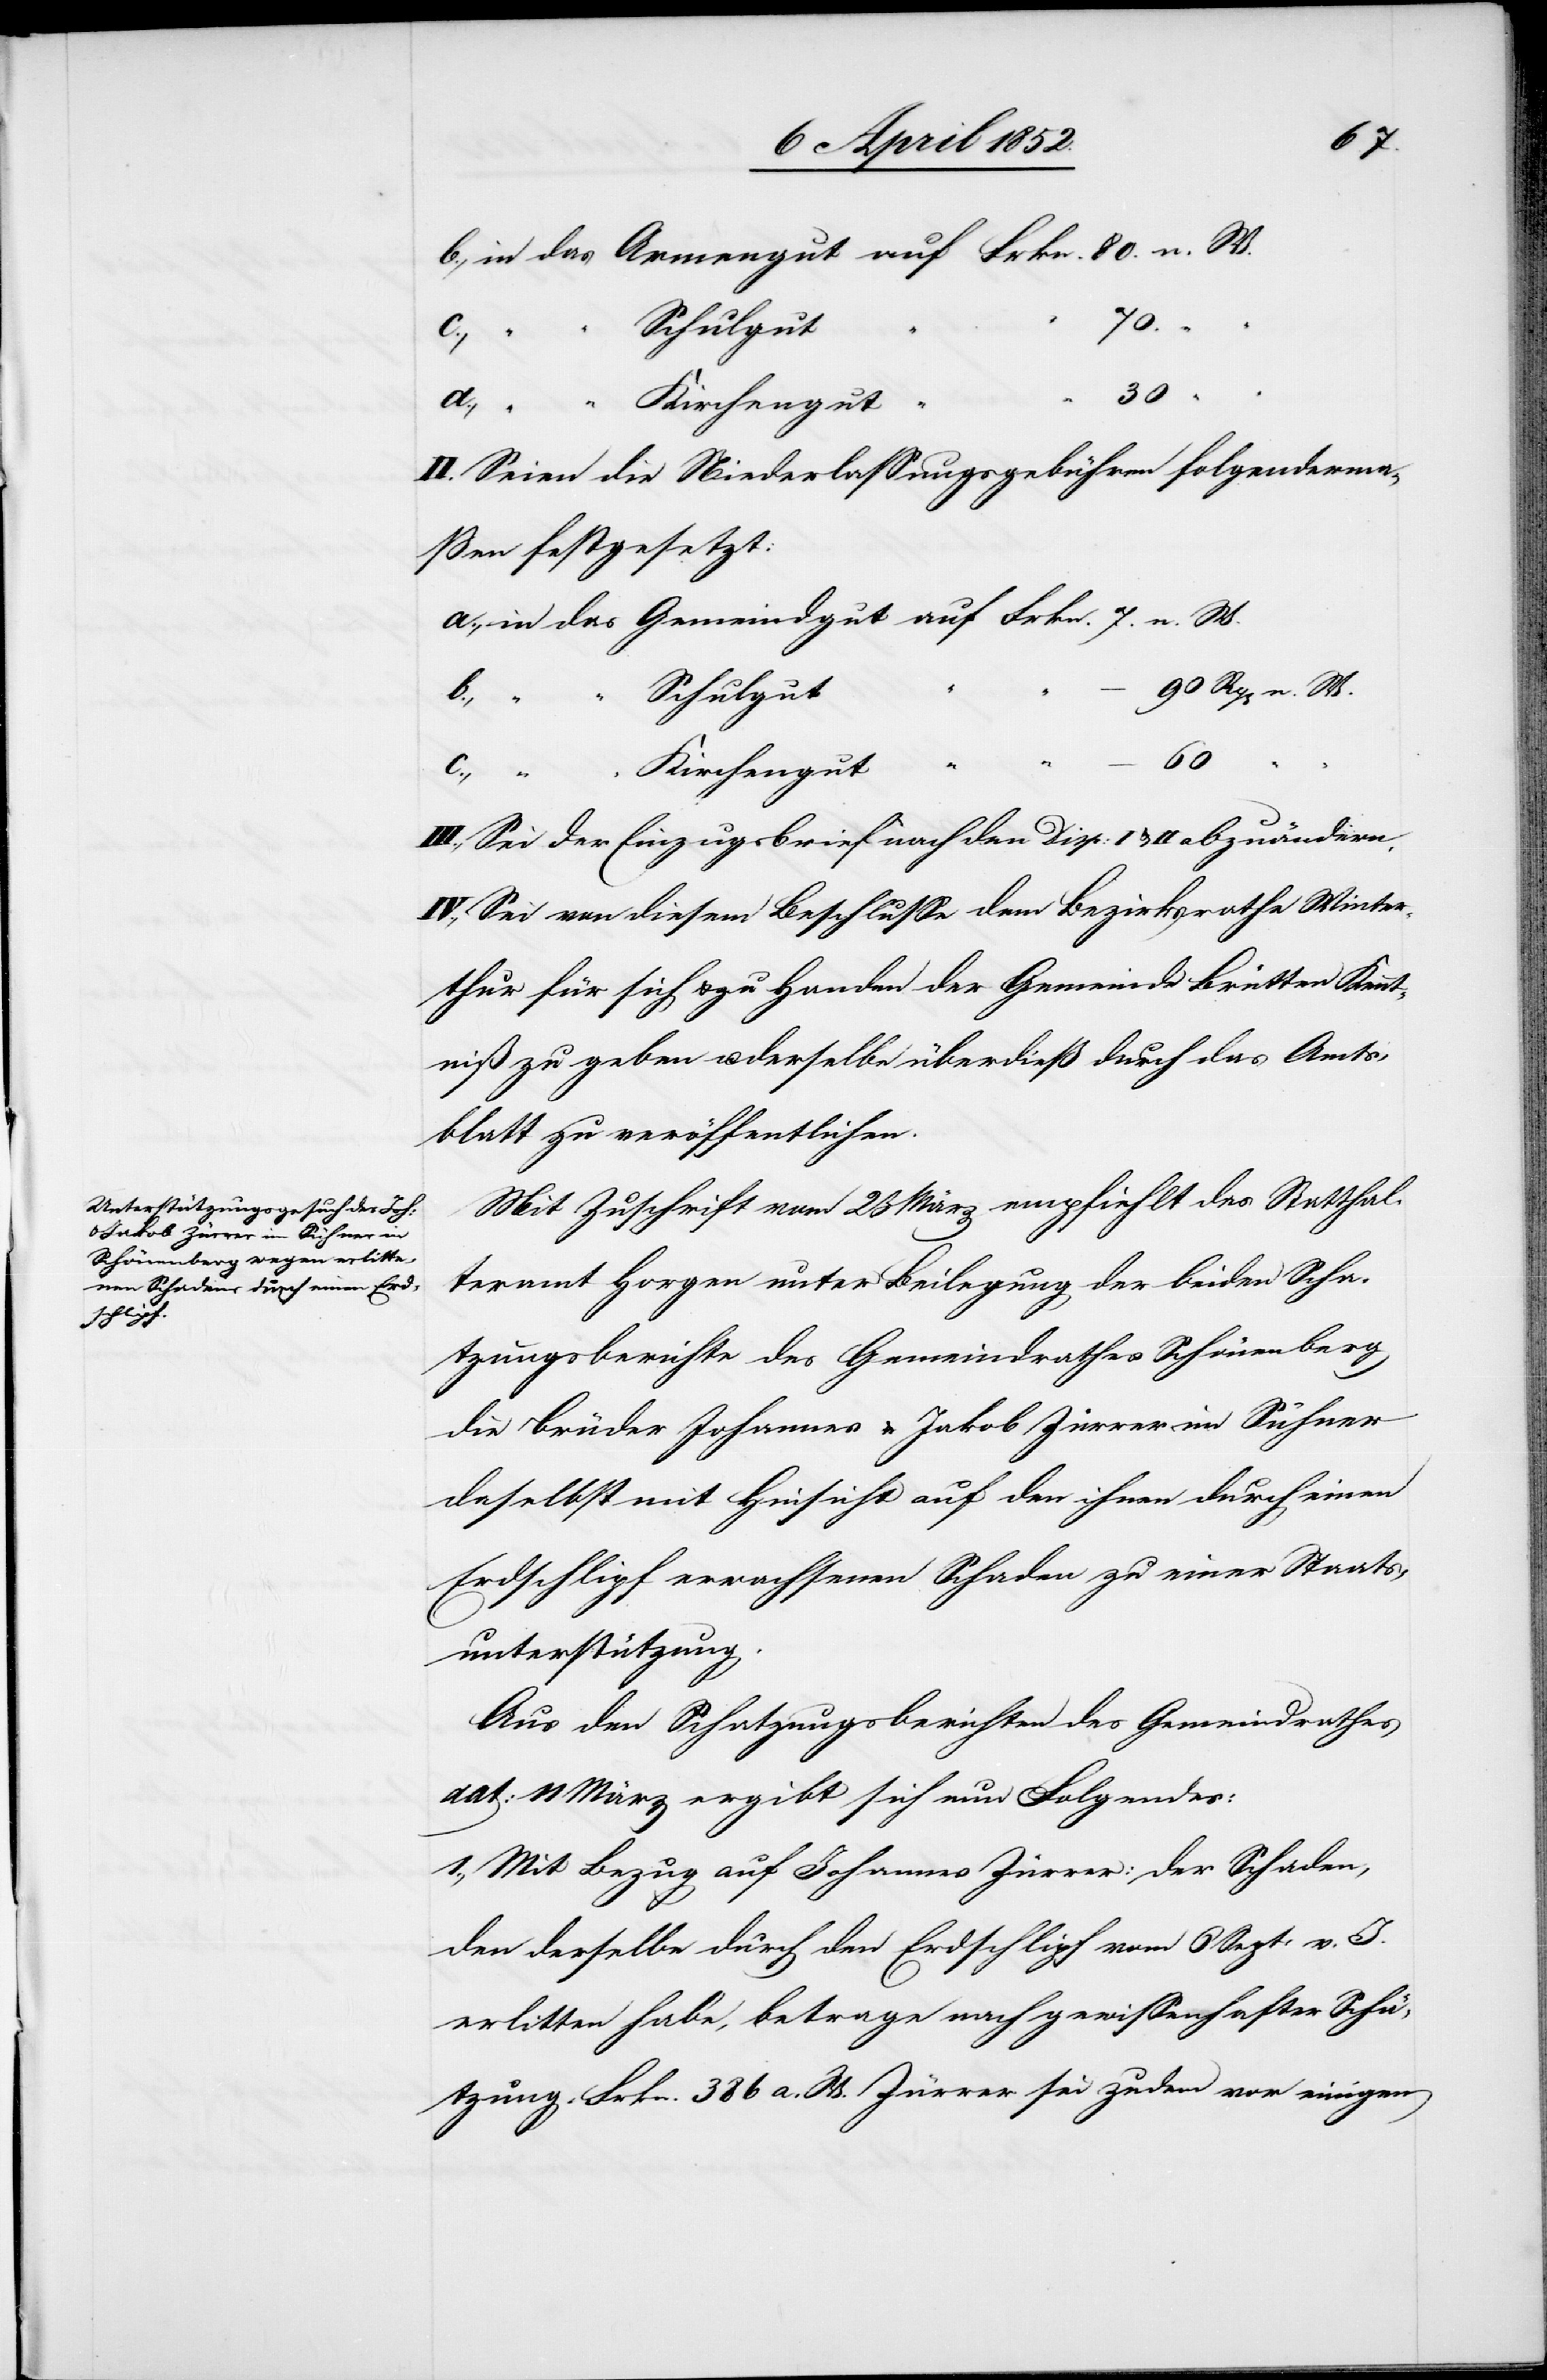
80.
Schulgut
c.,
“
30
II. Seien die Niederlassungsgebühren folgenderma¬
ßen festgesetzt:
n. W.
Kirchengut
“ – 60
III., Sei der Einzugsbrief nach den Disp: I & II abzuändern.
IV., Sei von diesem Beschlusse dem Bezirksrathe Winter¬
thur für sich & zu Handen der Gemeinde Brütten Kennt¬
niß zu geben u. derselbe überdieß durch das Amts¬
blatt zu veröffentlichen.
Mit Zuschrift vom 23 März empfiehlt das Statthal¬
teramt Horgen unter Beilegung der beiden Scha¬
tzungsberichte des Gemeindrathes Schönenberg
die Brüder Johannes & Jakob Zürrer im Sühner
daselbst mit Hinsicht auf den ihnen durch einen
Erdschlipf erwachsenen Schaden zu einer Staats¬
unterstützung.
Aus den Schatzungsberichten des Gemeindrathes
dat: 11 März ergibt sich nun Folgendes:
1., Mit Bezug auf Johannes Zürrer: der Schaden,
den derselbe durch den Erdschlipf vom 6 Sept: v. J.
erlitten habe, betrage nach gewissenhafter Schä¬
tzung Frkn. 386 a. W. Zürrer sei zudem vor einigen